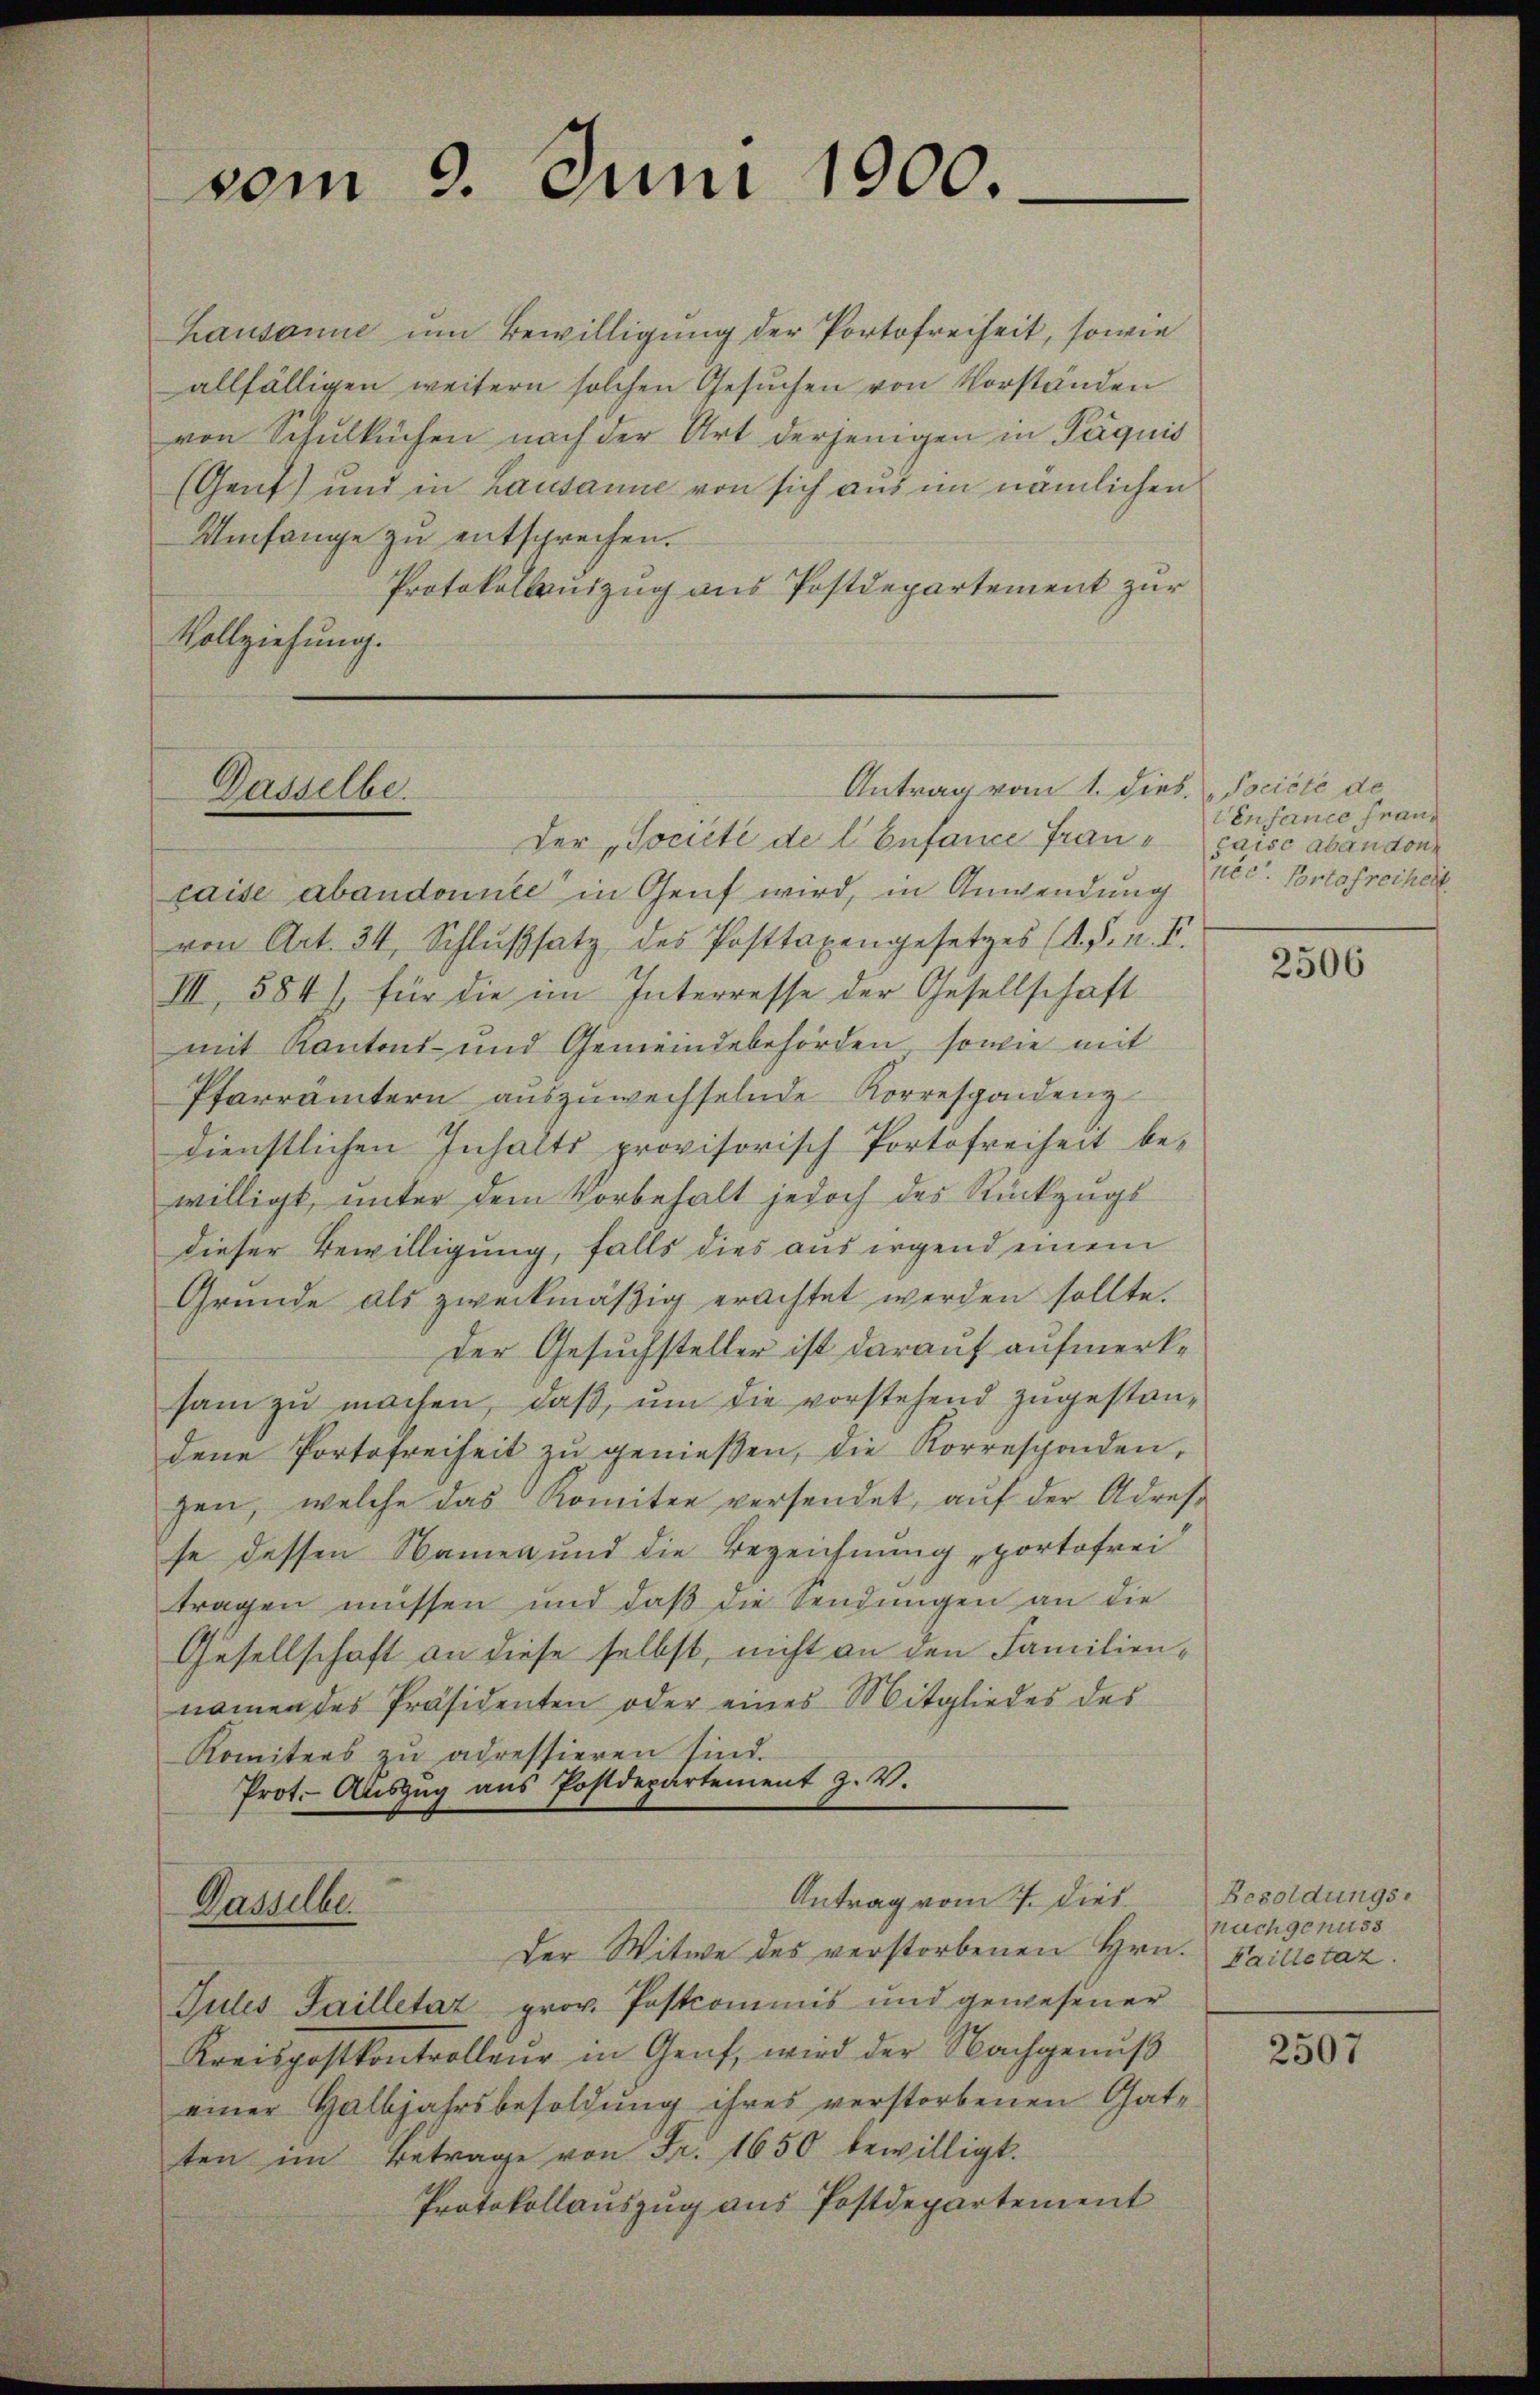
Antrag vom 1. Dieb. Société de
Dasselbe.
Der "Société de l. Enfance Frau paisc abandone

vom 9. Juni 1900.

hausanne um Bewilligung der Portofreiheit, sowie
allfälligen weitern solchen Gesuchen von Vorstanden
von Schulküchen nach der Art derjenigen in Päquis
(Gent) und in Lausanne von sich aus im nämlichen
Umfange zu entsprechen.
Protokollauszug aus Postdepartement zur
Vollziehung.

caise abandonnte in Genf wird, in Anwendung
von Art. 34, Schlußsatz des Posttaxengesetzes (A. F. u. V.
III, 584), für die im Interresse der Gesellschaft
mit Kantons- und Gemeindebehörden, sowie mit
Pfarrämtern aŭszŭwechselnde Korrespondenz
dienstlichen Inhalts provisorisch Portofreiheit be-
willigt, unter dem Vorbehalt jedoch des Rückzugs
dieser Bewilligung, falls dies aus irgend einem
Gründe als zweckmäßig erachtet werden sollte.
der Gesuchsteller ist darauf aufmerksam zŭ machen, daß, um die vorstehend zugestandene Portofreiheit zŭ genießen, die Korresponden,
gen, welche das Komitee versendet, auf der Adresse dessen Namen und die Bezeichnung „portofrei
tragen müssen und daß die Sendungen an die
Gesellschaft an diese selbst, nicht an den Familiennamen des Präsidenten oder eines Mitgliedes des
Komitees zu adressieren sind.
Prot. Auszug aus Postdepartement Z. V.
Antrag vom 7. dies
Gasselbe
Der Witwe des verstorbenen Hrn. Failletaz.
Jules Sailletat prov. Postcommis und gewesener
Kreispostkontrolleur in Genf, wird der Nachgenuß
einer Halbjahrsbesoldung ihres verstorbenen Gatten im Betrage von Fr. 1650 bewilligt.
Protokollauszug aus Postdepartement

Vensauce Franz
pec. Portofreiheit

2506

Besoldungs-
nuchgenuss

2507